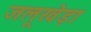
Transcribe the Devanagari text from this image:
जलूखेड़ा